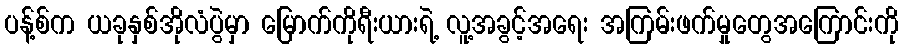
ပန့်စ်က ယခုနှစ်အိုလံပွဲမှာ မြောက်ကိုရီးယားရဲ့ လူ့အခွင့်အရေး အကြမ်းဖက်မှုတွေအကြောင်းကို